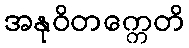
အနုဝိတက္ကေတိ